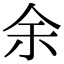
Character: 余